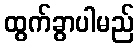
ထွက်ခွာပါမည်